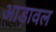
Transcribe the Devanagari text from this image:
आड़ावल